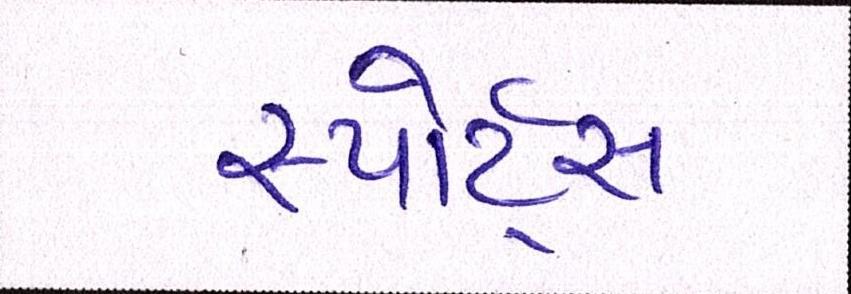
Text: સ્પોર્ટ્સ